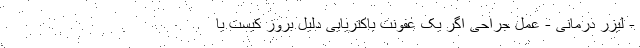
- لیزر درمانی - عمل جراحی اگر یک عفونت باکتریایی دلیل بروز کیست یا